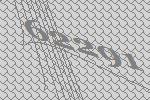
62291